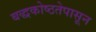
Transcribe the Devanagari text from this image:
बद्धकोष्ठतेपासून